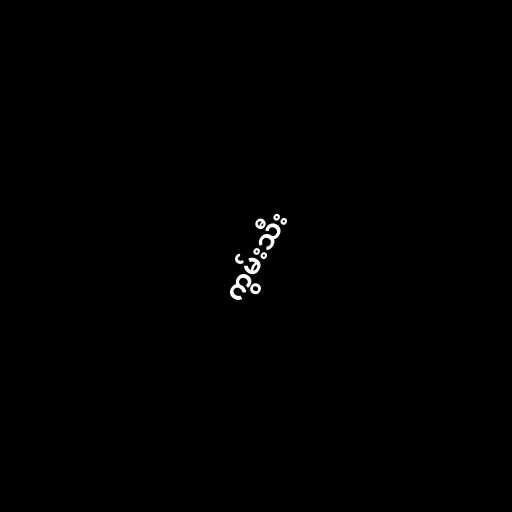
ကွမ်းသီး